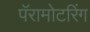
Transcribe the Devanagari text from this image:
पॅरामोटरिंग